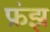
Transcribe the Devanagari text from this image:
फ्रंझ